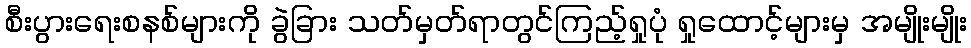
စီးပွားရေးစနစ်များကို ခွဲခြား သတ်မှတ်ရာတွင်ကြည့်ရှုပုံ ရှုထောင့်များမှ အမျိုးမျိုး